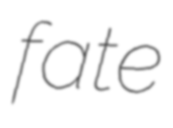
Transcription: fate